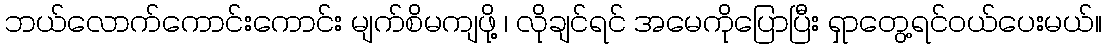
ဘယ်လောက်ကောင်းကောင်း မျက်စိမကျဖို့ ၊ လိုချင်ရင် အမေကိုပြောပြီး ရှာတွေ့ရင်ဝယ်ပေးမယ်။